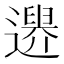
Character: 𨗔